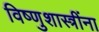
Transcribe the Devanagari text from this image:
विष्णुशास्त्रींना